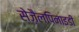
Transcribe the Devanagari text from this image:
सेज़ैलपिनाइडी